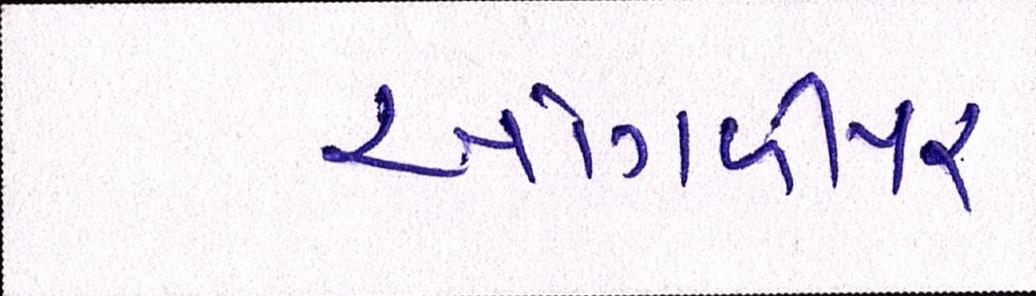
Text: આંગળીપર